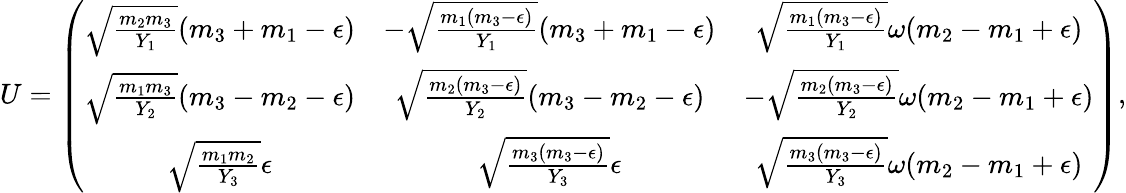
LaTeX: U=\left(\begin{array}{ccc}{{\sqrt{\frac{m_{2}m_{3}}{Y_{1}}}(m_{3}+m_{1}-\epsilon)}}&{{-\sqrt{\frac{m_{1}(m_{3}-\epsilon)}{Y_{1}}}(m_{3}+m_{1}-\epsilon)}}&{{\sqrt{\frac{m_{1}(m_{3}-\epsilon)}{Y_{1}}}\omega(m_{2}-m_{1}+\epsilon)}}\\ {{\sqrt{\frac{m_{1}m_{3}}{Y_{2}}}(m_{3}-m_{2}-\epsilon)}}&{{\sqrt{\frac{m_{2}(m_{3}-\epsilon)}{Y_{2}}}(m_{3}-m_{2}-\epsilon)}}&{{-\sqrt{\frac{m_{2}(m_{3}-\epsilon)}{Y_{2}}}\omega(m_{2}-m_{1}+\epsilon)}}\\ {{\sqrt{\frac{m_{1}m_{2}}{Y_{3}}}\epsilon}}&{{\sqrt{\frac{m_{3}(m_{3}-\epsilon)}{Y_{3}}}\epsilon}}&{{\sqrt{\frac{m_{3}(m_{3}-\epsilon)}{Y_{3}}}\omega(m_{2}-m_{1}+\epsilon)}}\end{array}\right),